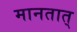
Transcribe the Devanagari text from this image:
मानतात्